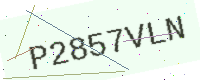
Text: P2857VLN